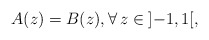
\begin{gather*} A(z) =B(z),\forall\, z\in {}]{-}1,1 [,\end{gather*}